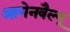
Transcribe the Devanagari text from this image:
आगेनवैल्यू